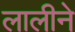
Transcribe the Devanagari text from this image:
लालीने